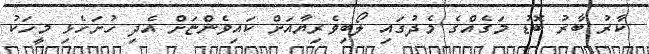
ކާރު ބާރު ބޮޑު މަގެއްގެ މެދުގައި ލޯބިވެރިޔާއަށް ކައިވެންޏަށް އެދި ހުށަހެޅި މީހަކު